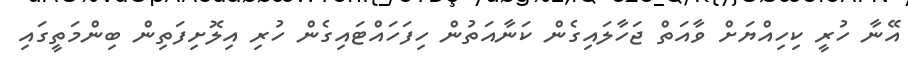
އޭނާ ހުރީ ކިހިއްޔަށް ވާއަތް ޖަހާލައިގެން ކަނާއަތުން ހިފަހައްޓައިގެން ހުރި އިލޮށިފަތިން ބިންމަތީގައި